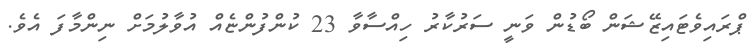
ޕްރައިވެޓައިޒޭޝަން ބޯޑުން ވަނީ ސަރުކާރު ހިއްސާވާ 23 ކުންފުންޏެއް އުވާލުމަށް ނިންމާފަ އެވެ.